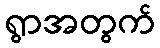
ရွာအတွက်